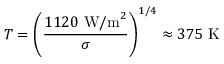
T = \left( { \frac { 1 1 2 0 { \mathrm { ~ W / m } } ^ { 2 } } { \sigma } } \right) ^ { 1 / 4 } \approx 3 7 5 { \mathrm { ~ K } }